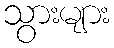
သွားများ